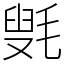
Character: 㲣